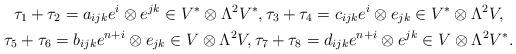
LaTeX: \begin{align*} \begin{gathered}\tau_1+\tau_2= a_{ijk}e^i\otimes e^{jk}\in V^*\otimes \Lambda^2V^*, \tau_3+\tau_4= c_{ijk}e^i\otimes e_{jk}\in V^*\otimes \Lambda^2V,\\ \tau_5+\tau_6= b_{ijk}e^{n+i}\otimes e_{jk}\in V\otimes \Lambda^2V, \tau_7+\tau_8= d_{ijk}e^{n+i}\otimes e^{jk}\in V\otimes \Lambda^2V^*.\end{gathered}\end{align*}